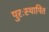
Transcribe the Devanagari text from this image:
पुरःस्थापित